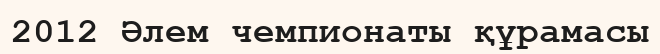
2012 Әлем чемпионаты құрамасы